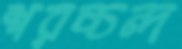
শরচ্চন্দ